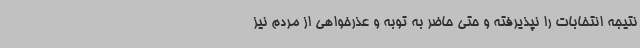
نتیجه انتخابات را نپذیرفته و حتی حاضر به توبه و عذرخواهی از مردم نیز